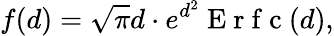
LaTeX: f(d)=\sqrt{\pi}d\cdot e^{d^{2}}\mathrm{~E~r~f~c~}(d),